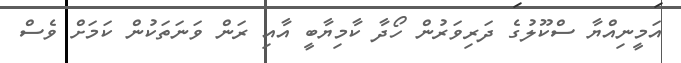
އަމީނިއްޔާ ސްކޫލުގެ ދަރިވަރުން ހޯދާ ކާމިޔާބީ އާއި ރަން ވަނަތަކުން ކަމަށް ވެސް